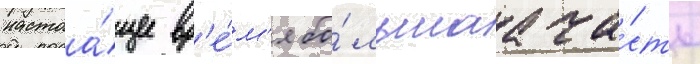
настоа́щее вр'е́м'я бо́льшаа ча́сть